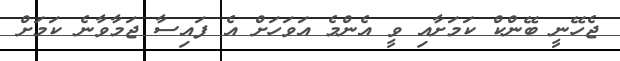
ޖެހޭނީ ބޭންކް ކަމަށާއި ވީ އެންމެ އަވަހަށް އެ ފައިސާ ޖަމާވާނެ ކަމަށް